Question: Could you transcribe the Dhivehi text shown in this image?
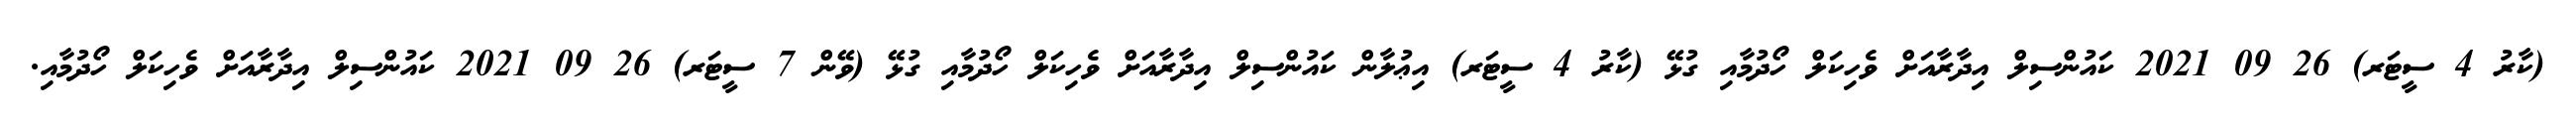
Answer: (ކާރު 4 ސީޓަރ) 26 09 2021 ކައުންސިލް އިދާރާއަށް ވެހިކަލް ހޯދުމާއި ގުޅޭ (ކާރު 4 ސީޓަރ) އިޢުލާން ކައުންސިލް އިދާރާއަށް ވެހިކަލް ހޯދުމާއި ގުޅޭ (ވޭން 7 ސީޓަރ) 26 09 2021 ކައުންސިލް އިދާރާއަށް ވެހިކަލް ހޯދުމާއި.